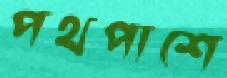
পথপাশে